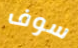
سوف